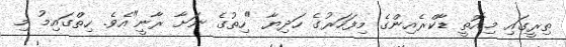
ތިރީގައި މިއޮތީ ޑާކްރެއިންގެ މިފަހަރުގެ ހަދިޔާ "ހިތުގެ ނަށާ ރާނީ"އެވެ. ހިތްގައިމު މި